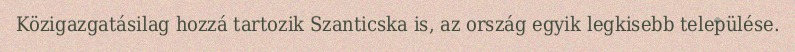
Közigazgatásilag hozzá tartozik Szanticska is, az ország egyik legkisebb települése.